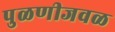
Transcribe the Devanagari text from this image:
पुळणीजवळ